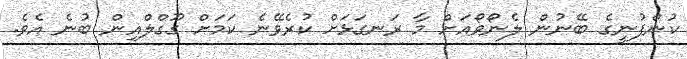
ކުންފުނީގެ ބޭނުން ލެނޯވޯއަށް މާ ރަނގަޅަށް ކުރެވޭނެ ކަމަށް ގޫގްލްއިން ބުނެ އެވެ.